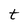
Character: t